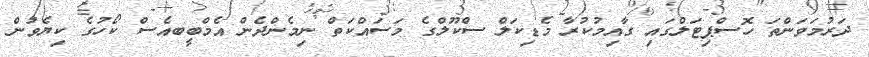
ދަރުމަވަންތަ ހޮސްޕިޓަލްގައި ގާއިމުކުރާ މެޑިކަލް ސްކޫލްގެ މަސައްކަތް ނިމެންދެން އެމްބީބއެސް ކޯހުގެ ކިޔެވުން